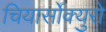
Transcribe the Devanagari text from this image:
चियार्सोक्युरो